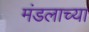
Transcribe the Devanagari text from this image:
मंडलाच्या